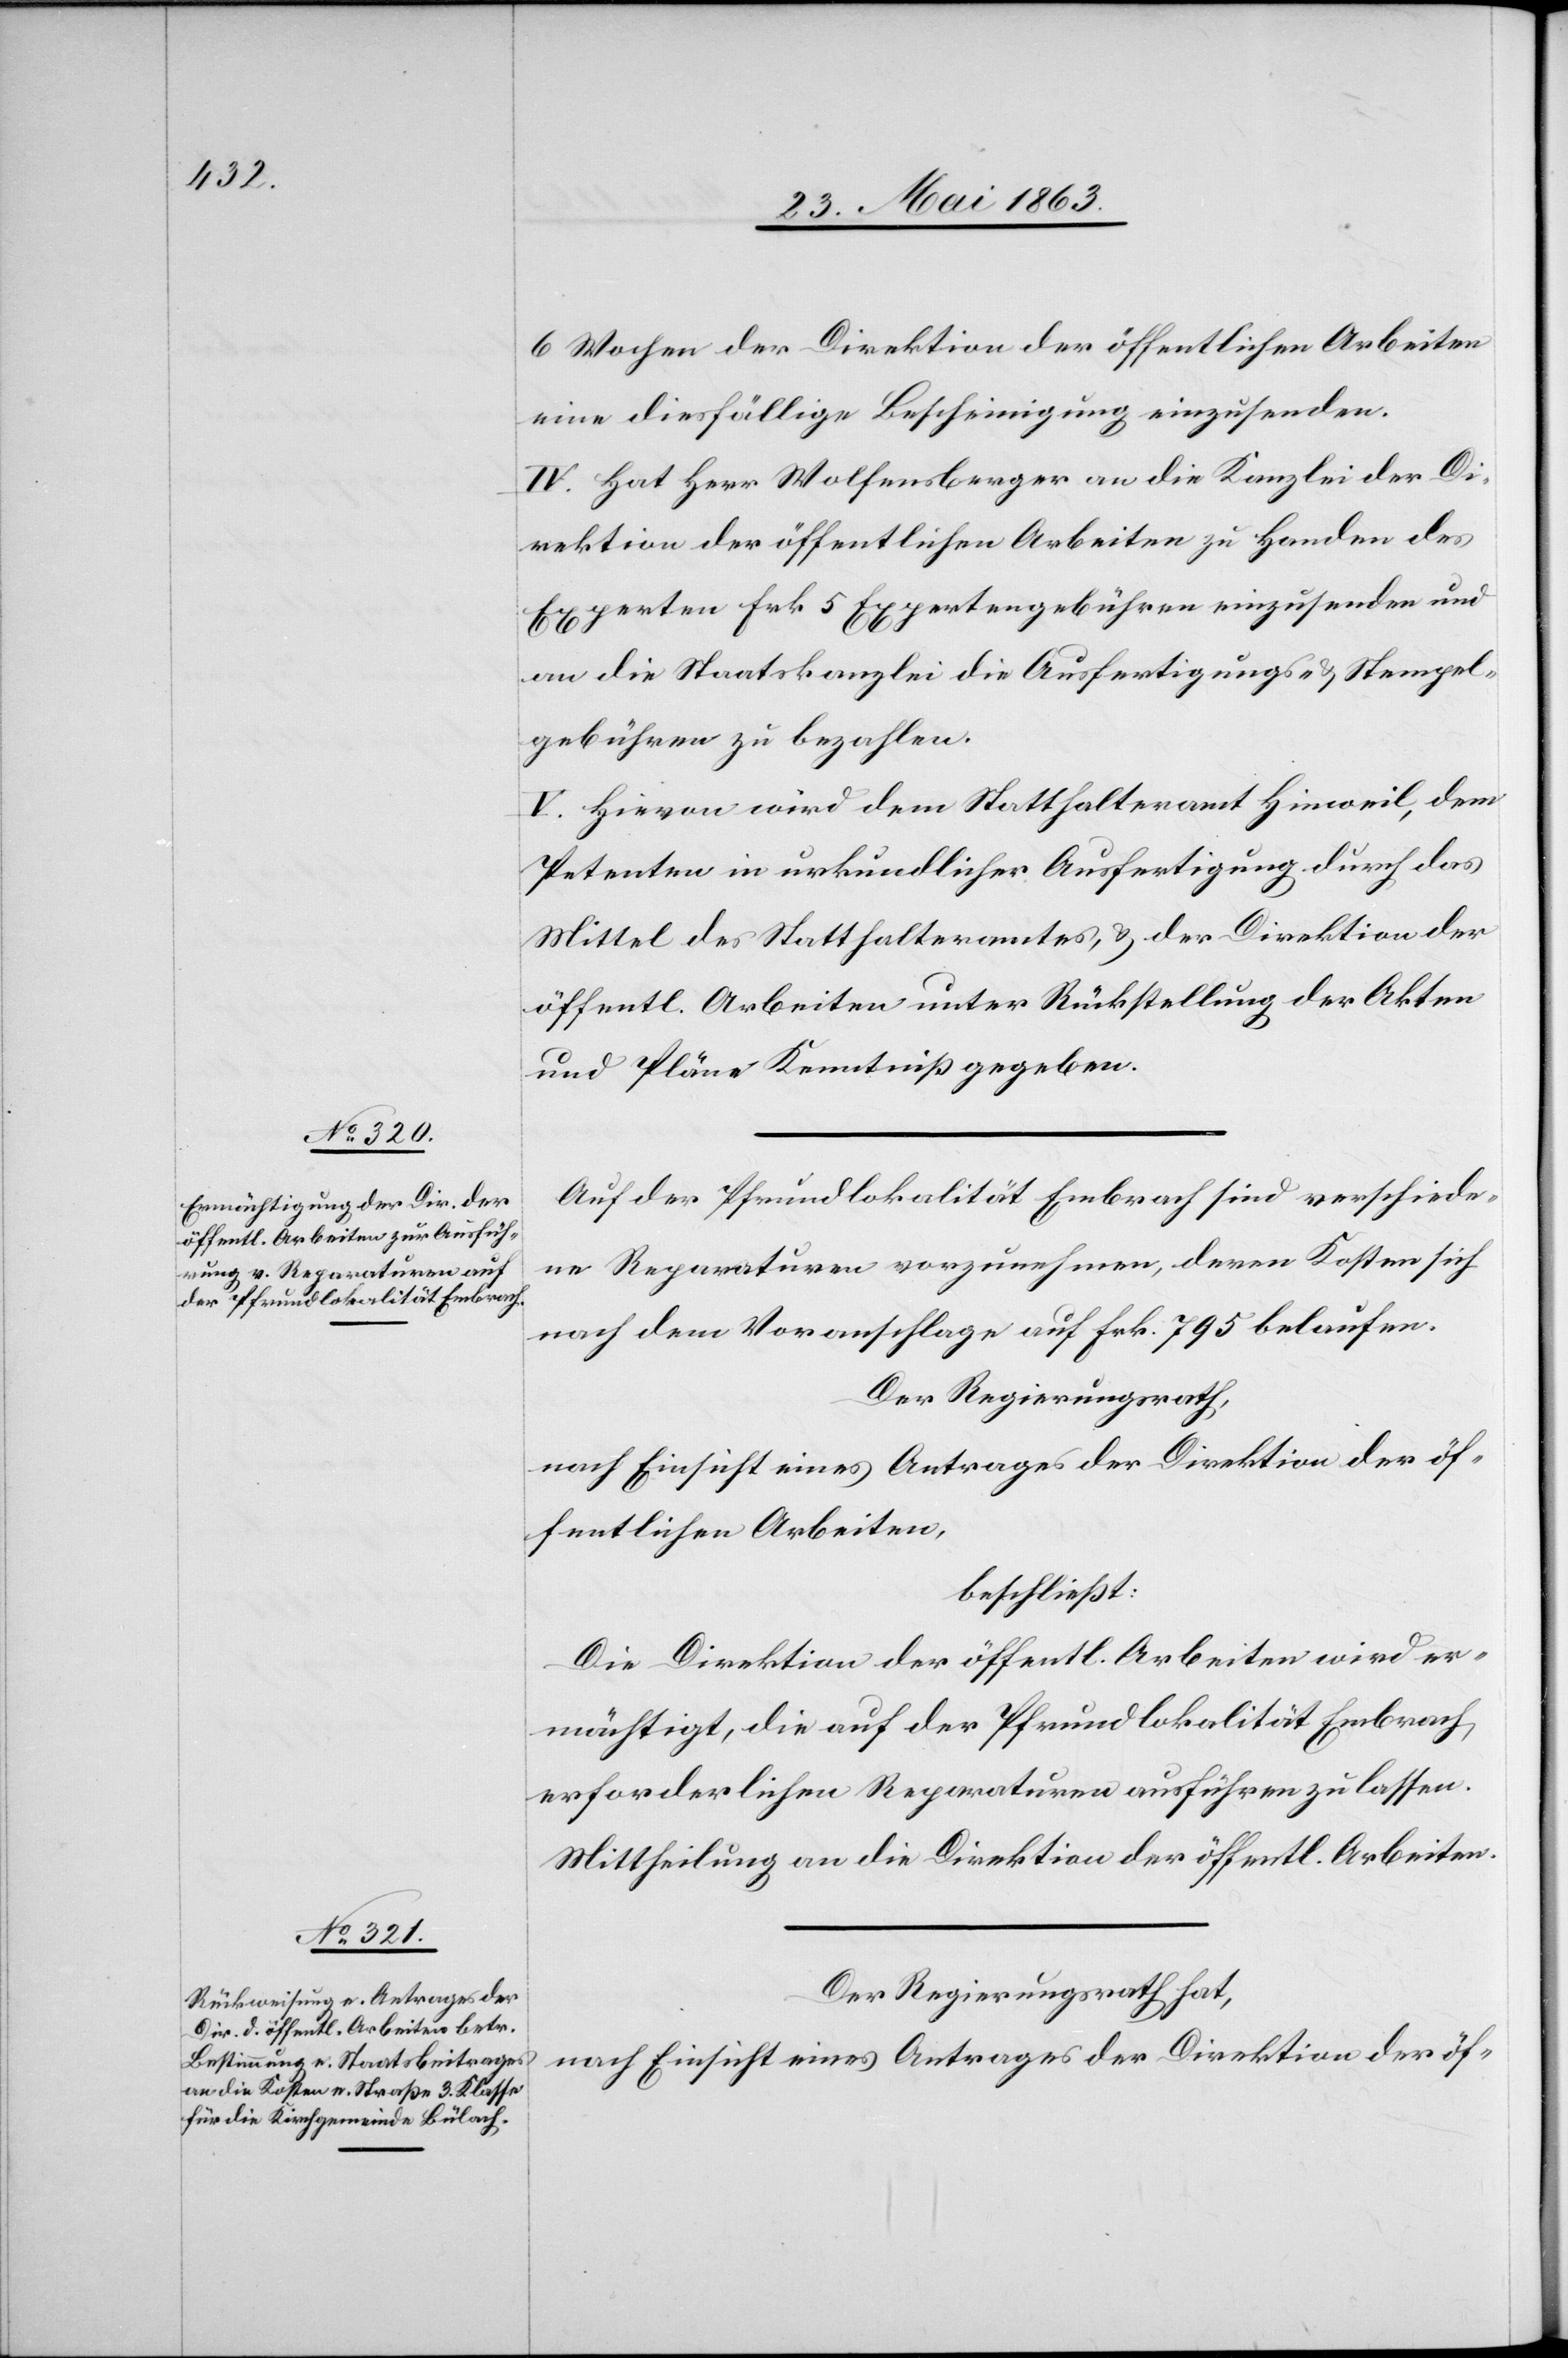
6 Wochen der Direktion der öffentlichen Arbeiten
eine diesfällige Bescheinigung einzusenden.
IV. Hat Herr Wolfensberger an die Kanzlei der Di¬
rektion der öffentlichen Arbeiten zu Handen des
Experten Frk. 5 Expertengebühren einzusenden und
an die Staatskanzlei die Ausfertigungs- & Stempel¬
gebühren zu bezahlen.
V. Hievon wird dem Statthalteramt Hinweil, dem
Petenten in urkundlicher Ausfertigung durch das
Mittel des Statthalteramtes, & der Direktion der
öffentl. Arbeiten unter Rückstellung der Akten
und Pläne Kenntniß gegeben.
Auf der Pfrundlokalität Embrach sind verschiede¬
ne Reparaturen vorzunehmen, deren Kosten sich
nach dem Voranschlage auf Frk. 795 belaufen.
Der Regierungsrath,
nach Einsicht eines Antrages der Direktion der öf¬
fentlichen Arbeiten,
beschließt:
Die Direktion der öffentl. Arbeiten wird er¬
mächtigt, die auf der Pfrundlokalität Embrach
erforderlichen Reparaturen ausführen zu lassen.
Mittheilung an die Direktion der öffentl. Arbeiten.
Der Regierungsrath hat,
nach Einsicht eines Antrages der Direktion der öf-